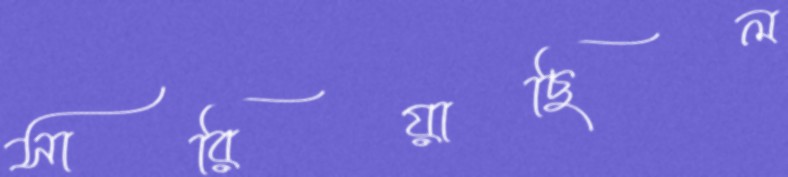
সারিয়াছিল